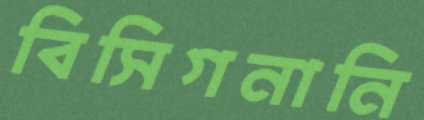
বিসিগনানি